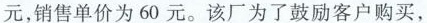
元，销售单价为 60 元。该厂为了鼓励客户购买，